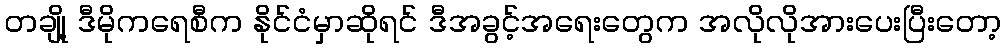
တချို့ ဒီမိုကရေစီက နိုင်ငံမှာဆိုရင် ဒီအခွင့်အရေးတွေက အလိုလိုအားပေးပြီးတော့